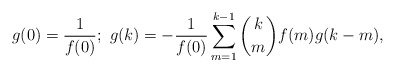
\begin{align*}g(0)=\frac{1}{f(0)};~g(k)=-\frac{1}{f(0)}\sum_{m=1}^{k-1}{k\choose m}f(m)g(k-m),\end{align*}